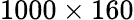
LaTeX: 1000\times 160